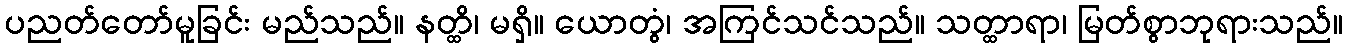
ပညတ်တော်မူခြင်း မည်သည်။ နတ္ထိ၊ မရှိ။ ယောတွံ၊ အကြင်သင်သည်။ သတ္ထာရာ၊ မြတ်စွာဘုရားသည်။